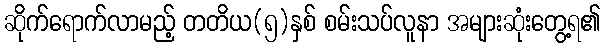
ဆိုက်ရောက်လာမည့် တတိယ(၅)နှစ် စမ်းသပ်လူနာ အများဆုံးတွေ့ရ၏